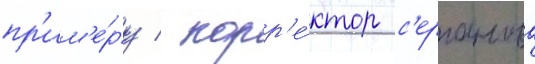
пр'им'е́ру / корр'е́ктор с'ерганова